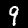
Digit: 9